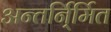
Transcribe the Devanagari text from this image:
अन्तर्नि्र्मित